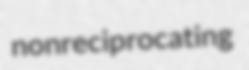
nonreciprocating